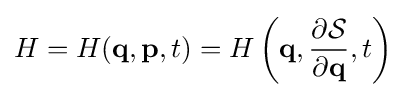
H=H(\mathbf {q} ,\mathbf {p} ,t)=H\left(\mathbf {q} ,{\frac {\partial {\mathcal {S}}}{\partial \mathbf {q} }},t\right)